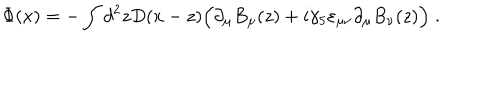
\Phi ( x ) = - \int d ^ { 2 } z D ( x - z ) \Big ( \partial _ { \mu } B _ { \mu } ( z ) + i \gamma _ { 5 } \varepsilon _ { \mu \nu } \partial _ { \mu } B _ { \nu } ( z ) \Big ) \; .